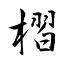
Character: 槢